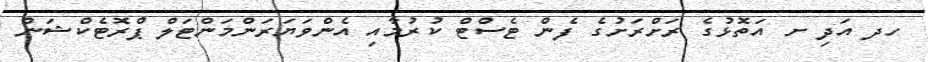
ހދ އަދި ށ އަތޮޅުގެ ރަށްރަށުގެ ފެން ޓެސްޓް ކުރުމާއި އެންވަޔަރަންމަންޓަލް ޕްރޮޓެކްޝަން